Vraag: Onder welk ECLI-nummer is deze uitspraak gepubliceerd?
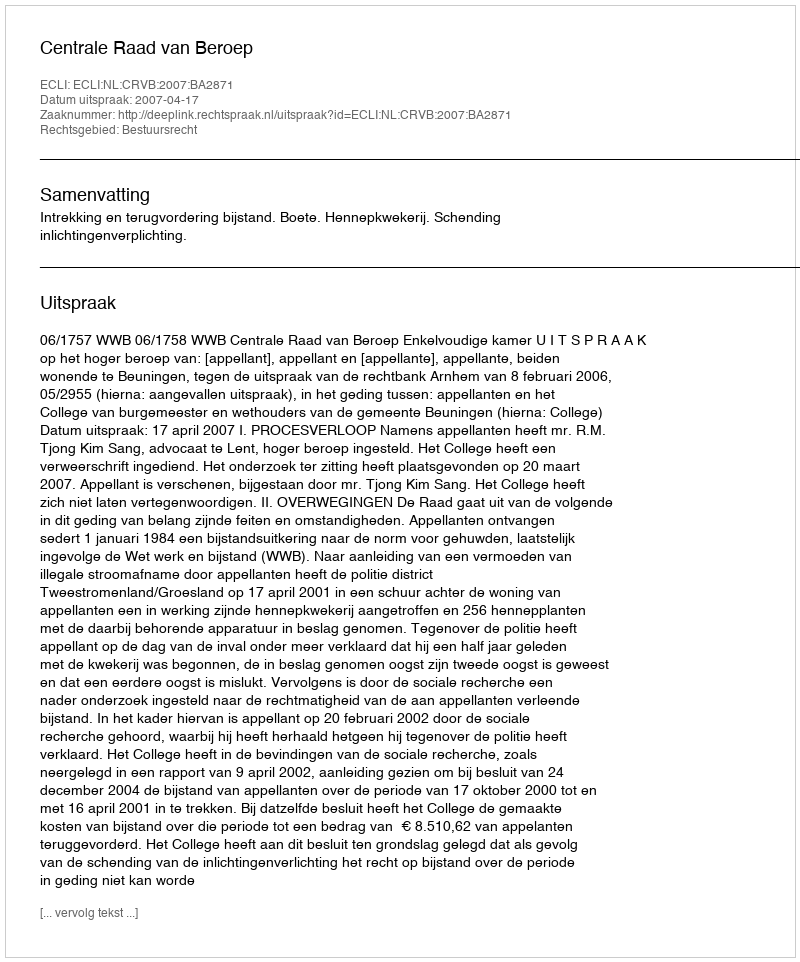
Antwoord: ECLI:NL:CRVB:2007:BA2871